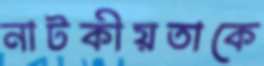
নাটকীয়তাকে